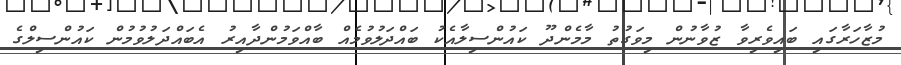
މުޒާހަރާގައި ބައިވެރިވާ ޒުވާނުން މިވަގުތު މާމެންދޫ ކައުންސިލާއެކު ބައްދަލުވުމެއް ބާއްވަމުންދާއިރު އެބައްދަލުވުމުން ކައުންސިލްގެ